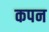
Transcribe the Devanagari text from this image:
कपन